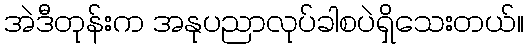
အဲဒီတုန်းက အနုပညာလုပ်ခါစပဲရှိသေးတယ်။